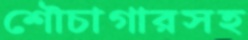
শৌচাগারসহ